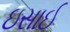
ઇસાઈ